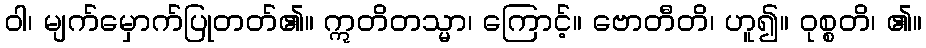
ဝါ၊ မျက်မှောက်ပြုတတ်၏။ ဣတိတသ္မာ၊ ကြောင့်။ ဗောတီတိ၊ ဟူ၍။ ဝုစ္စတိ၊ ၏။